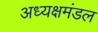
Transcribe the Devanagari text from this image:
अध्यक्षमंडल